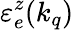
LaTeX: \mathinner{\varepsilon_{e}^{z}\mathopen{\left(k_{q}\right)}}